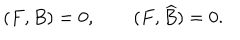
( F , B ) = 0 , \qquad ( F , \widehat { B } ) = 0 .